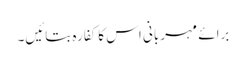
برائے مہربانی اس کا کفارہ بتائیں۔